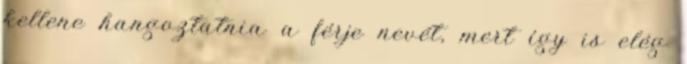
kellene hangoztatnia a férje nevét, mert így is elég